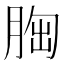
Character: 𦛳